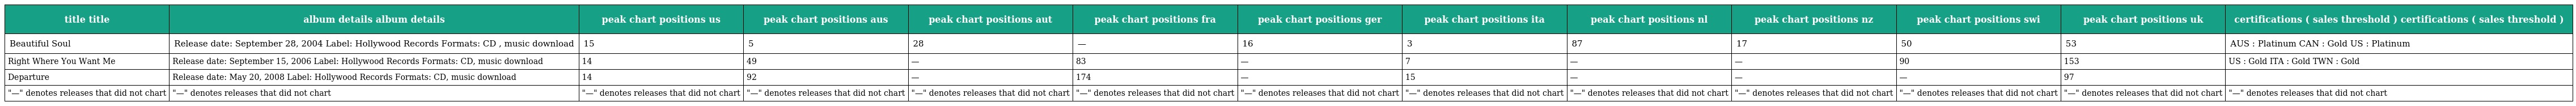
| title title | album details album details | peak chart positions us | peak chart positions aus | peak chart positions aut | peak chart positions fra | peak chart positions ger | peak chart positions ita | peak chart positions nl | peak chart positions nz | peak chart positions swi | peak chart positions uk | certifications ( sales threshold ) certifications ( sales threshold ) |
 | --- | --- | --- | --- | --- | --- | --- | --- | --- | --- | --- | --- | --- |
 | Beautiful Soul | Release date: September 28, 2004 Label: Hollywood Records Formats: CD , music download | 15 | 5 | 28 | — | 16 | 3 | 87 | 17 | 50 | 53 | AUS : Platinum CAN : Gold US : Platinum |
 | Right Where You Want Me | Release date: September 15, 2006 Label: Hollywood Records Formats: CD, music download | 14 | 49 | — | 83 | — | 7 | — | — | 90 | 153 | US : Gold ITA : Gold TWN : Gold |
 | Departure | Release date: May 20, 2008 Label: Hollywood Records Formats: CD, music download | 14 | 92 | — | 174 | — | 15 | — | — | — | 97 |  |
 | "—" denotes releases that did not chart | "—" denotes releases that did not chart | "—" denotes releases that did not chart | "—" denotes releases that did not chart | "—" denotes releases that did not chart | "—" denotes releases that did not chart | "—" denotes releases that did not chart | "—" denotes releases that did not chart | "—" denotes releases that did not chart | "—" denotes releases that did not chart | "—" denotes releases that did not chart | "—" denotes releases that did not chart | "—" denotes releases that did not chart |